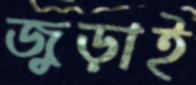
জুড়াই